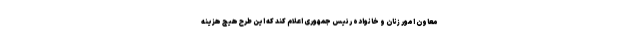
معاون امور زنان و خانواده رئیس جمهوری اعلام کند که این طرح هیچ هزینه